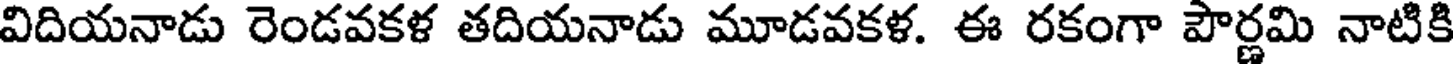
విదియనాడు రెండవకళ తదియనాడు మూడవకళ. ఈ రకంగా పౌర్ణమి నాటికి